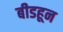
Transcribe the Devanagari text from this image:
बीडहून